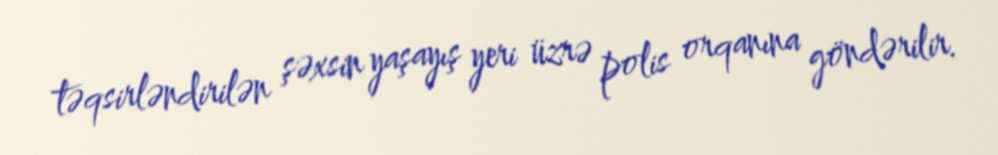
təqsirləndirilən şəxsin yaşayış yeri üzrə polis orqanına göndərilir.